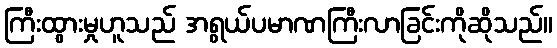
ကြီးထွားမှုဟူသည် အရွယ်ပမာဏကြီးလာခြင်းကိုဆိုသည်။